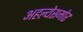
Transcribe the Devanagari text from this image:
अहल्येसमोर